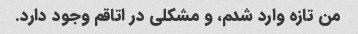
من تازه وارد شدم، و مشکلی در اتاقم وجود دارد.